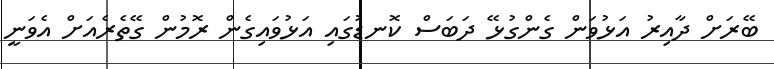
ބޭރަށް ދާއިރު އަޅުވަން ގެންގުޅޭ ދަބަސް ކޮނޑުގައި އަޅުވައިގެން ރޮމުން ގޭތެރެއަށް އެވަނީ